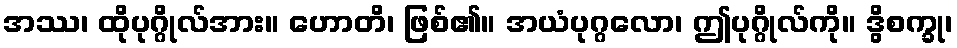
အဿ၊ ထိုပုဂ္ဂိုလ်အား။ ဟောတိ၊ ဖြစ်၏။ အယံပုဂ္ဂလော၊ ဤပုဂ္ဂိုလ်ကို။ ဒွိစက္ခု၊